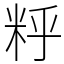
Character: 䉿